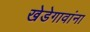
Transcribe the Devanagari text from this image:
खेडेगावांना